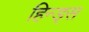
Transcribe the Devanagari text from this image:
हिन्ड्स